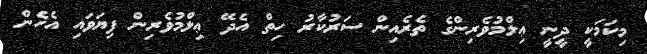
މިކަމަކީ ދީނީ ޢިލްމުވެރިންގެ ތެރެއިން ސަރުކާރު ހިތް އެދޭ ޢިލްމުވެރިން ފިޔަވައި އެހެން